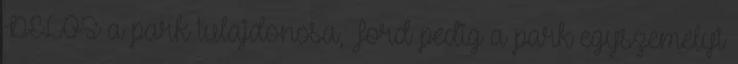
DELOS a park tulajdonosa, Ford pedig a park egyszemélyi